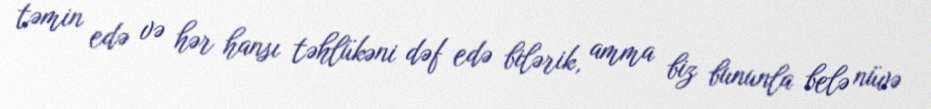
təmin edə və hər hansı təhlükəni dəf edə bilərik, amma biz bununla belə nüvə